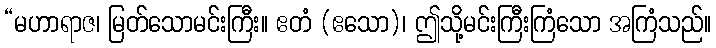
“မဟာရာဇ၊ မြတ်သောမင်းကြီး။ ဧတံ (ဧသော)၊ ဤသို့မင်းကြီးကြံသော အကြံသည်။